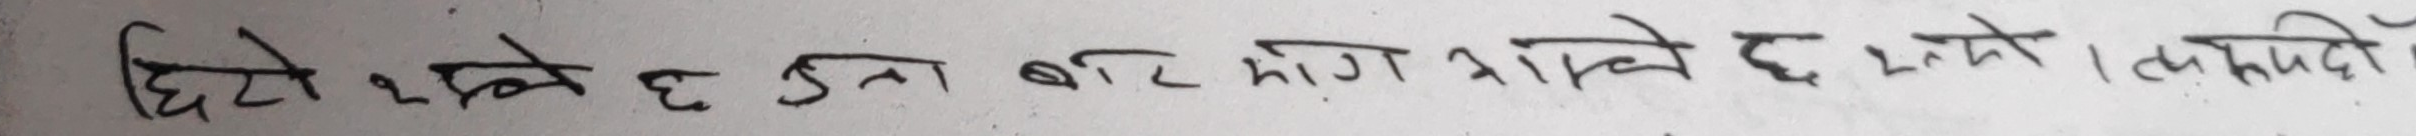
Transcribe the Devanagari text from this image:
घिट्टो भन्ने छ उमा बाट मोग हाल्ने छ रुने । रुपन्दी